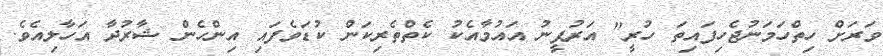
ވަރަށް ހިތްހަމަނުޖެހިފައިތަ ހުރީ" އަރުފީނު އައުމާއެކު ކެތްތެރިކަން ކުޑަވެފައި އިންހެން ޝާރުދާ އަހާލިއެވެ.